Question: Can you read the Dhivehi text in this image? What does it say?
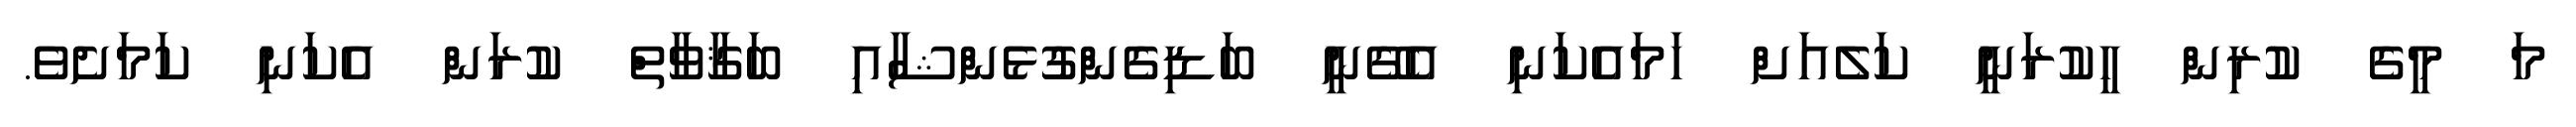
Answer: މަ މީގެ ކުރިން ހީކުރަނީ ކަލެއަށް ހަމައެކަނި އެގޭނީ ބަޑިގެންގުޅެންޝާއި ބަޤާވާތް ކުރަން އެކަނި ކަމަށެވެ.